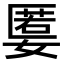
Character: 𡠷